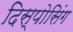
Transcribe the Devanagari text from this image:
दिस्पोसिंग